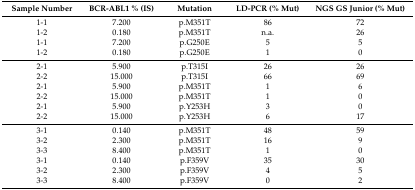
| Sample Number | BCR-ABL1 % (IS) | Mutation | LD-PCR (% Mut) | NGS GS Junior (% Mut) |
 | --- | --- | --- | --- | --- |
 | 1-1 | 7.200 | p.M351T | 86 | 72 |
 | 1-2 | 0.180 | p.M351T | n.a. | 26 |
 | 1-1 | 7.200 | p.G250E | 5 | 5 |
 | 1-2 | 0.180 | p.G250E | 1 | 0 |
 | 2-1 | 5.900 | p.T315I | 26 | 26 |
 | 2-2 | 15.000 | p.T315I | 66 | 69 |
 | 2-1 | 5.900 | p.M351T | 1 | 6 |
 | 2-2 | 15.000 | p.M351T | 1 | 0 |
 | 2-1 | 5.900 | p.Y253H | 3 | 0 |
 | 2-2 | 15.000 | p.Y253H | 6 | 17 |
 | 3-1 | 0.140 | p.M351T | 48 | 59 |
 | 3-2 | 2.300 | p.M351T | 16 | 9 |
 | 3-3 | 8.400 | p.M351T | 1 | 0 |
 | 3-1 | 0.140 | p.F359V | 35 | 30 |
 | 3-2 | 2.300 | p.F359V | 4 | 5 |
 | 3-3 | 8.400 | p.F359V | 0 | 2 |